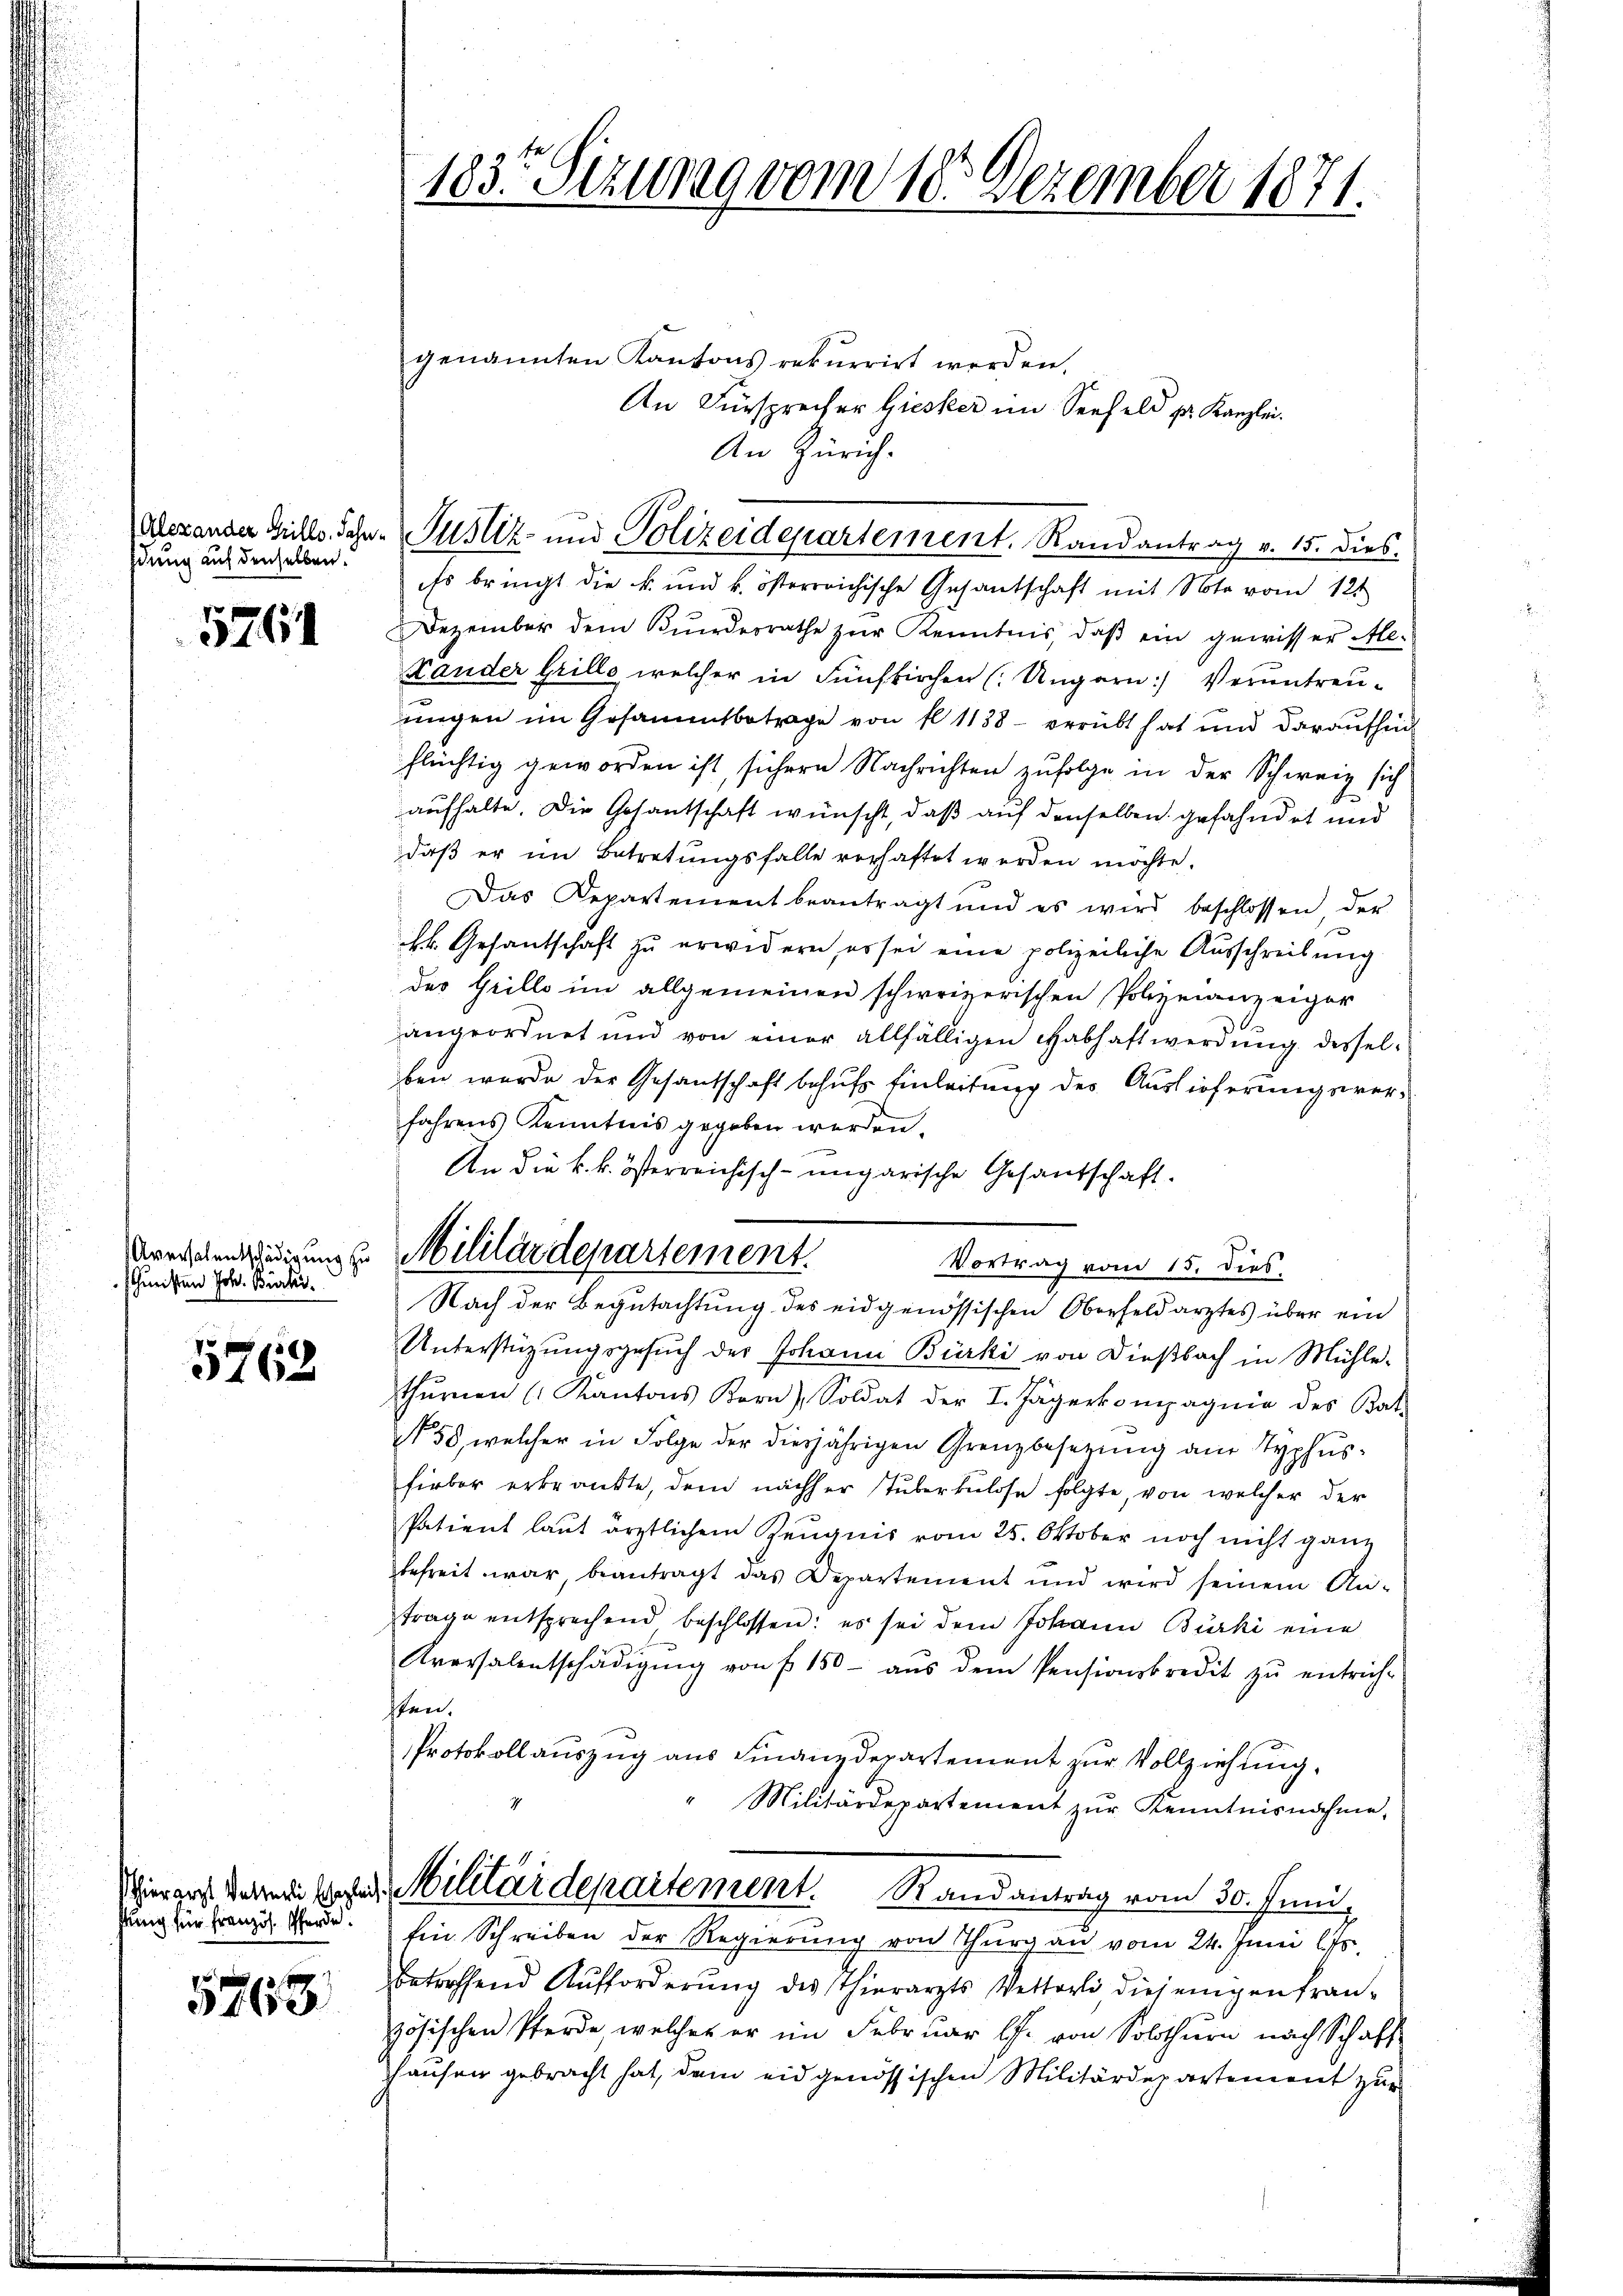
dung auf denselben.

576

schmeisten Joh. Bürker.

5762

5763

183. Sizurag vom 18. Dezember 1871.

Alexander Hills Sohn. Justiz- und Polizeidepartement. Randantrag v. 15. dies

Es bringt die k. und k. österreichische Gesantschaft mit Note vom 12t
Dezember dem Kinderrathe zŭr Kenntnis, daβ ein gewisser Ale-
Hander Grille, welcher in Fünfkirchen (: Ungarn: Veruntreu-
ungen im Gesammtbetrage von fl. 1188 - verübt hat und daraufhin
flüchtig geworden ist, sichern Nachrichten zufolge in der Schweiz sich
aufhalte. Die Gesantschaft wünscht, daß auf denselben gefahndet und
daß er im Betretungsfalle verhaftet werden möchte.
Das Departement beantragt und es wird beschlossen der
kk. Gesantschaft zu erwidern, er sei eine polizeiliche Ausschreibung
der Grille im allgemeinen schweizerischen Polizeianzeiger
angeordnet und von einer allfälligen Habhaftwerdung desselben wurde der Gesantschaft behufs Einleitung des Auslieferungsverfahrens Kenntnis gegeben werden.
An die k. k. österreichisch-ungarische Gesandschaft.

Drechetenedigung u. Militärdepartement.
Vortrag vom 15. dies
Nach der Begutachtung des eidgenössischen Oberfeldarztes über ein

genannten Kantons rekurrirt werden,
An Fürsprecher Giesker im Seefeld pr. Kanzlei.
An Zürich.

Unterstüzungsgesuch der Johann Bürki von Dießbach in Mühle-
thŭrnen (Kantons Korn, Soldat der I. Jägerkompagnie des Bat.
N 58, welcher in Folge der diesjährigen Grenzbesetzung am Typhusfirbar erkrankte, dem nachher Tuberkulose folgte, von welcher der
Patient laut ärztlichem Zeugnis vom 25. Oktober noch nicht ganz
befreit war, beantragt das Departement und wird seinem Antrage entsprechend beschlossen: es sei dem Johann Bürki eine
Aversalentschädigŭng von § 150 aŭs dem Pensionskredit zŭ entrich-
sten.
Protokoll auszug aus Finanzdepartement zur Vollziehung.
Militärdepartement zŭr Kenntnisnahme,
Wierarzt darei wegen Militärdepartement. Randantrag vom 30. Juni,
dung für Franz der Ein Schreiben der Regierung von Thurgau vom 24. Juni l. Js.
betreffend Aufforderŭng des Thierarzts Vetterli diejenigen fran-
zösischen Pferde, welches er im Februar l. von Solothurn nach Schaff-
hausen gebracht hat, dem eidgenössischen Militärdepartement zur